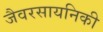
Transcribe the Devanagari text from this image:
जैवरसायनिकी